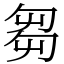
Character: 芻